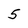
Character: 5